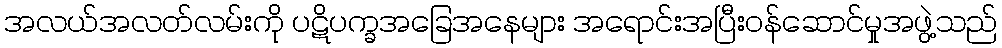
အလယ်အလတ်လမ်းကို ပဋိပက္ခအခြေအနေများ အရောင်းအပြီးဝန်ဆောင်မှုအဖွဲ့သည်